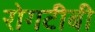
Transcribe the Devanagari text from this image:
रोगटीबी